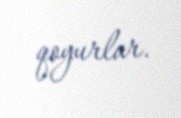
qoyurlar.